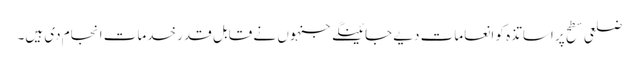
ضلعی سطح پر اساتذہ کو انعامات دیے جائینگے جنہوں نے قابل قدر خدمات انجام دی ہیں۔